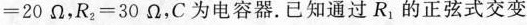
=20Ω，R_{2}=30Ω，C为电容器。已知通过R_{1}的正弦式交变